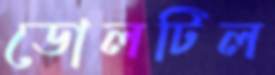
ডোলটিল